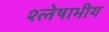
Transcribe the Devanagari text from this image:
श्लेषाभीय